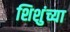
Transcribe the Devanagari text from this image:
शिशुंच्या